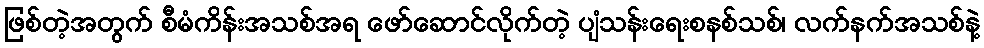
ဖြစ်တဲ့အတွက် စီမံကိန်းအသစ်အရ ဖော်ဆောင်လိုက်တဲ့ ပျံသန်းရေးစနစ်သစ်၊ လက်နက်အသစ်နဲ့